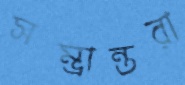
সম্ভ্রান্তরা